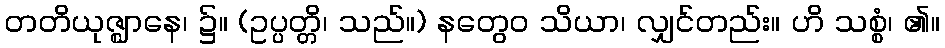
တတိယုဇ္ဈာနေ၊ ၌။ (ဥပ္ပတ္တိ၊ သည်။) နတွေဝ သိယာ၊ လျှင်တည်း။ ဟိ သစ္စံ၊ ၏။